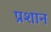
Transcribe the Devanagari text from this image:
प्रशान